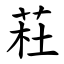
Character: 荰